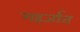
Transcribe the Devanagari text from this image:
गहर्जात